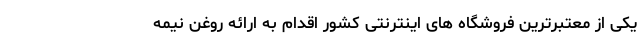
یکی از معتبرترین فروشگاه های اینترنتی کشور اقدام به ارائه روغن نیمه